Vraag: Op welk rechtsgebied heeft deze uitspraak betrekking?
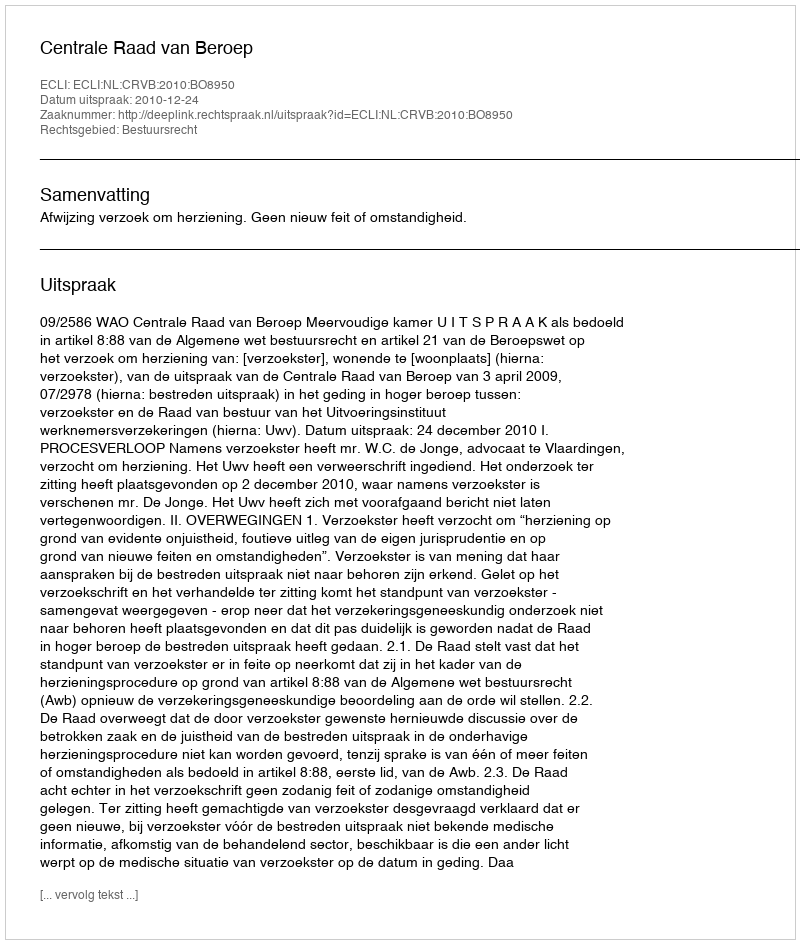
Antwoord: Bestuursrecht